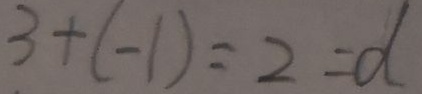
3 + ( - 1 ) = 2 = d